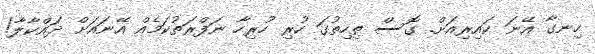
ހިނގާ އޭނަ ކައިރިއަށް. ގޮސް ތިހިތުގަ ހުރި ހުރިހާ ނަފްރަތުކަމެއް އޭނައަށް ދައްކާލާ!